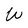
Character: W